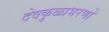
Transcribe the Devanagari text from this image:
देवकुळाभरणो